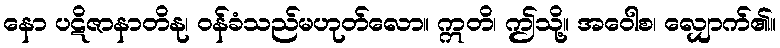
နော ပဋိဇာနာတိနု၊ ဝန်ခံသည်မဟုတ်လော။ ဣတိ၊ ဤသို့။ အဝေါစ၊ လျှောက်၏။